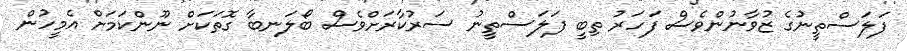
ފަލަސްތީނުގެ ޒުވާނުންވެސް ފަހަރު ތިބީ ފަލަސްތީނު ސަރުކާރަށްވެސް ބޯލަނބާ ގޮތަކަށް ނޫންކަމަށް އެމީހުން